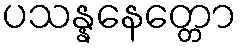
ပသန္နနေတ္တော